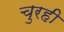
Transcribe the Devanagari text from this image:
चुरही